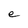
Character: e